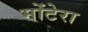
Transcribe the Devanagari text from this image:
मोंटेरा